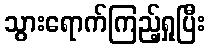
သွားရောက်ကြည့်ရှုပြီး